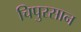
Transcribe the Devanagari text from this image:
चिपुरसान